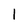
Character: 1